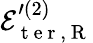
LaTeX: \mathcal{E}_{\mathrm{~t~e~r~},\mathrm{~R~}}^{\prime{(2)}}